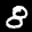
Label: 8